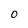
Character: 0